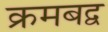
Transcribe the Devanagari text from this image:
क्रमबद्व